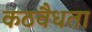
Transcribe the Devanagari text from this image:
कठवैधता